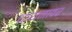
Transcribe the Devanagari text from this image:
चायनावर